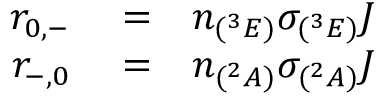
\begin{array} { r l r } { r _ { 0 , - } } & { { } = } & { n _ { ( ^ { 3 } E ) } \sigma _ { ( ^ { 3 } E ) } J } \\ { r _ { - , 0 } } & { { } = } & { n _ { ( ^ { 2 } A ) } \sigma _ { ( ^ { 2 } A ) } J } \end{array}